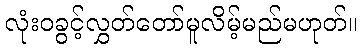
လုံးဝခွင့်လွှတ်တော်မူလိမ့်မည်မဟုတ်။